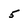
Character: 5